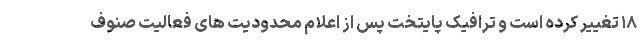
۱۸ تغییر کرده است و ترافیک پایتخت پس از اعلام محدودیت های فعالیت صنوف